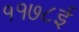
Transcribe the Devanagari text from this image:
११७८ई